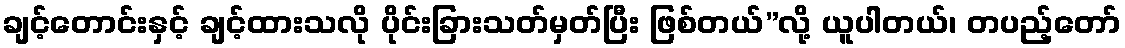
ချင့်တောင်းနှင့် ချင့်ထားသလို ပိုင်းခြားသတ်မှတ်ပြီး ဖြစ်တယ်”လို့ ယူပါတယ်၊ တပည့်တော်